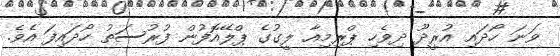
ވަނަ ހޯދައި އުރީދޫ ދިވެހި ޕްރިމިއާ ލީގުގެ ޕްލޭއޮފުން ފުރުސަތު ހޯދައިފަ އެވެ.